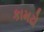
કામઢો